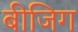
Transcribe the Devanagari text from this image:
बीजिग